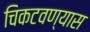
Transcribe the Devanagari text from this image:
चिकटवण्यास